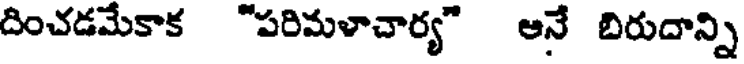
దించడమేకాక "పరిమళాచార్య" అనే బిరుదాన్ని